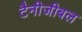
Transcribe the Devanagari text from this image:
टैनीजीबल